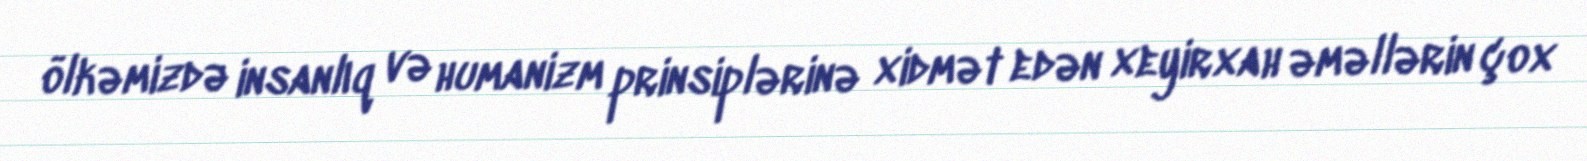
ölkəmizdə insanlıq və humanizm prinsiplərinə xidmət edən xeyirxah əməllərin çox